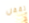
تقفل